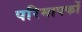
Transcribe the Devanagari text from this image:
परिमापकों